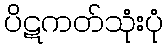
ပိဋကတ်သုံးပုံ